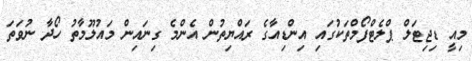
މިއީ ޑިޖިޓަލް ޕްލެޓްފޯމްތަކުގައި އިންޑިއާގެ ރައްޔިތުން އެންމެ ގިނައިން މައުލޫމާތު ހޯދާ ނުވަތަ